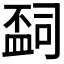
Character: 𬐩